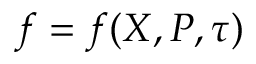
f = f ( \ensuremath { \boldsymbol { X } } , \ensuremath { \boldsymbol { P } } , \tau )